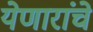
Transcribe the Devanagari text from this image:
येणारांचे